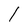
Character: l